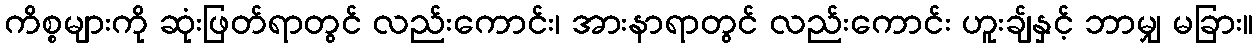
ကိစ္စများကို ဆုံးဖြတ်ရာတွင် လည်းကောင်း၊ အားနာရာတွင် လည်းကောင်း ဟူးချ်နှင့် ဘာမျှ မခြား။